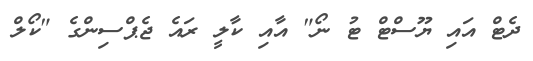
ދެޓް އައި ޔޫސްޓް ޓު ނޯ" އާއި ކާލީ ރައެ ޖެޕްސިންގެ "ކޯލް